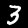
Digit: 3